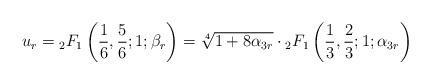
LaTeX: \begin{align*}u_r={}_2F_{1}\left(\frac{1}{6},\frac{5}{6};1;\beta_r\right)=\sqrt[4]{1+8\alpha_{3r}}\cdot{}_2F_{1}\left(\frac{1}{3},\frac{2}{3};1;\alpha_{3r}\right)\end{align*}